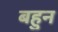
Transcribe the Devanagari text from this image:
बहुन